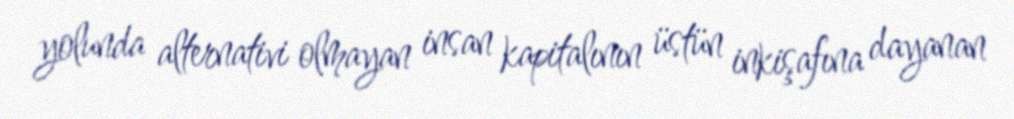
yolunda alternativi olmayan insan kapitalının üstün inkişafına dayanan